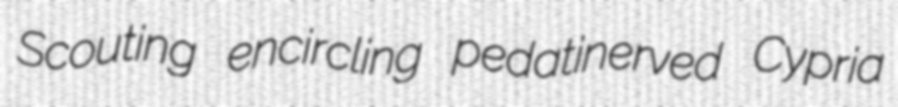
Scouting encircling pedatinerved Cypria